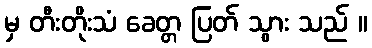
မှ တီးတိုးသံ ခေတ္တ ပြတ် သွား သည် ။